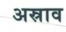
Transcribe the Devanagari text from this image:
अस्राव